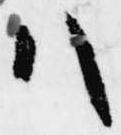
八